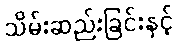
သိမ်းဆည်းခြင်းနှင့်